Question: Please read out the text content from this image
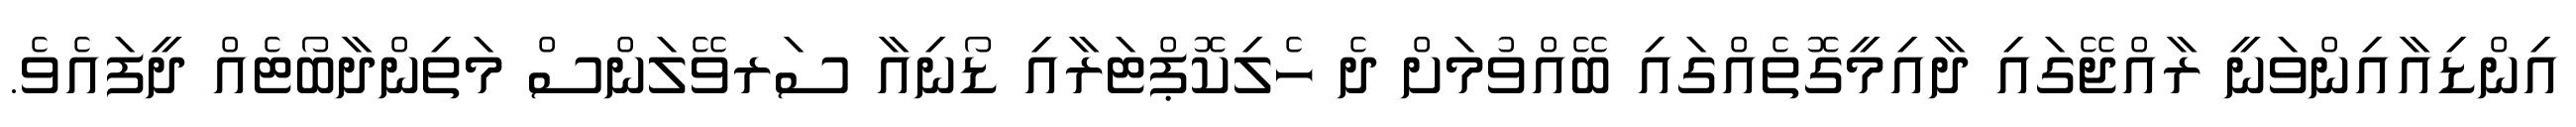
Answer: އިންޑިއާއިންވަނީ ރާއްޖޭގައި ދާއިމީގޮތެއްގައި ބޭއްވުމަށް ދެ ހެލިކޮޕްޓަރާއި ޑޯނިއާ ސަރވޭލަންސް މަތިންދާބޯޓެއް ދީފައެވެ.